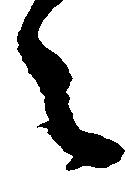
之